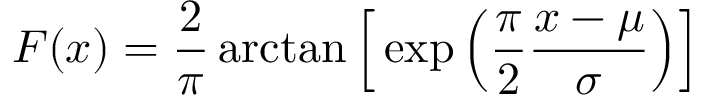
F ( x ) = { \frac { 2 } { \pi } } \arctan { \Big [ } \exp { \Big ( } { \frac { \pi } { 2 } } { \frac { x - \mu } { \sigma } } { \Big ) } { \Big ] }